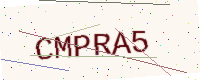
Text: CMPRA5